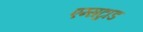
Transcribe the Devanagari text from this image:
एम्सट्राड